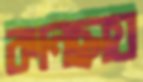
কানছায়